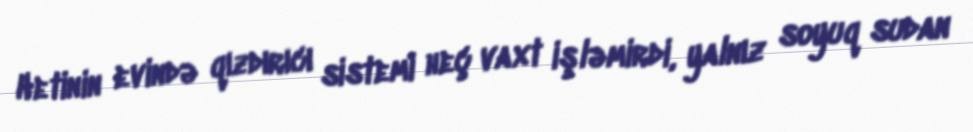
Hetinin evində qızdırıcı sistemi heç vaxt işləmirdi, yalnız soyuq sudan